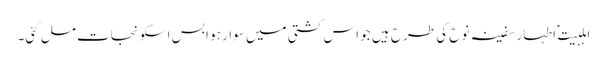
اہلبیت ؑ اطہار سفینہ نوح کی طرح ہیں جو اس کشتی میں سوار ہو ا بس اسکو نجات مل گئی۔